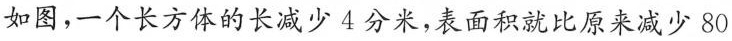
如图，一个长方体的长减少4分米，表面积就比原来减少80